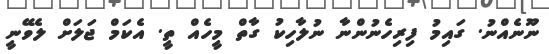
ނޫނެއްނު. ގައިމު ފިރިހެނުންނާ ނުލާހިކު ގާތް މީހެއް ތީ. އެކަމް ޖަލަށް ލެވޭނީ